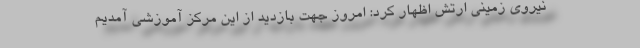
نیروی زمینی ارتش اظهار کرد: امروز جهت بازدید از این مرکز آموزشی آمدیم